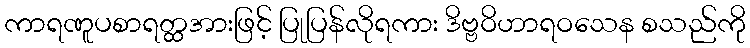
ကာရဏူပစာရတ္ထအားဖြင့် ပြုပြန်လိုရကား ဒိဗ္ဗဝိဟာရဝသေန စသည်ကို